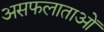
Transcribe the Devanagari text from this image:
असफलाताओं